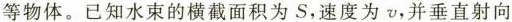
等物体。已知水束的横截面积为S，速度为v，并垂直射向